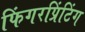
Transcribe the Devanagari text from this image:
फिंगरप्रिंटिंग